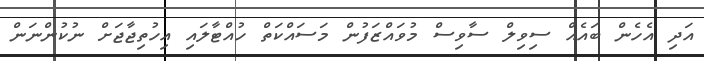
އަދި އެހެން ބައެއް ސިވިލް ސާވިސް މުވައްޒަފުން މަސައްކަތް ހުއްޓާލައި އިހުތިޖާޖަށް ނުކުންނަން